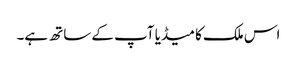
اس ملک کا میڈیا آپ کے ساتھ ہے۔